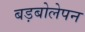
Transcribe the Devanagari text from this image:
बड़बोलेपन